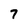
Character: 7